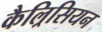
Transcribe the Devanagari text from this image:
कैल्रिसियन